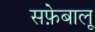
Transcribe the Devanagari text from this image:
सफ़ेबालू